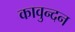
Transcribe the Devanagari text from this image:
कावुन्दन